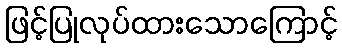
ဖြင့်ပြုလုပ်ထားသောကြောင့်